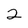
Character: 2